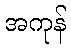
အကုန်